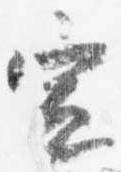
宣